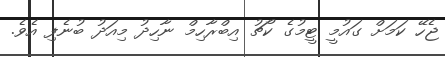
ޖެހޭ ކަމަށް ގައުމީ ޓީމުގެ ކޯޗު އިބްރާހިމް ނާހިދު މިއަދު ބުނެފި އެވެ.